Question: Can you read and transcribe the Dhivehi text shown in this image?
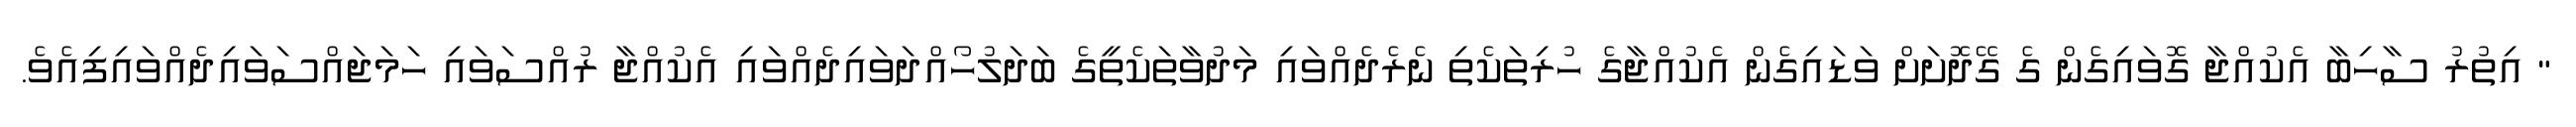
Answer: " އިތުރު ސާހިބާ އެކުއްޖާ ގޮވައިގެން ގެ ގޭދޮށަށް ވަޑައިގެން އެކުއްޖާގެ ހުރިތަކެތި ނެރެދެއްވައި މަދުވާތަކެތީގެ ބަދަލުހޯއްދަވައިދެއްވައި އެކުއްޖާ ރުއްސަވައި ހަމަޖައްސަވައިދެއްވައިފިއެވެ.